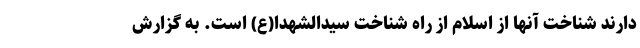
دارند شناخت آنها از اسلام از راه شناخت سیدالشهدا(ع) است. به گزارش